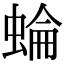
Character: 蜦